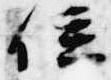
位